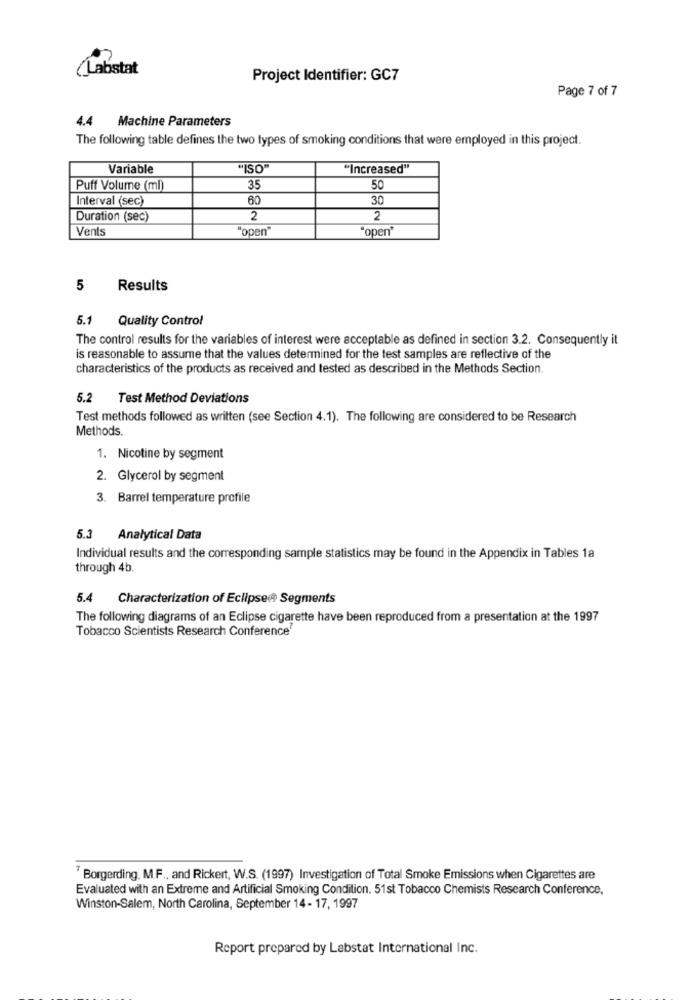
(Labstat
Project Identifier: GC7
Page 7 of 7
4.4 Machine Parameters
The following table defines the two types of smoking conditions that were employed in this project.
Variable
"ISO"
"Increased"
Puff Volume (ml)
35
50
Interval (sec)
60
30
Duration (sec)
2
2
Vents
"open"
"open"
5
Results
5.1
Quality Control
The control results for the variables of interest were acceptable as defined in section 3.2. Consequently it
is reasonable to assume that the values determined for the test samples are reflective of the
characteristics of the products as received and tested as described in the Methods Section.
5.2
Test Method Deviations
Test methods followed as written (see Section 4.1). The following are considered to be Research
Methods.
1. Nicotine by segment
2. Glycerol by segment
3. Barrel temperature profile
5.3
Analytical Data
Individual results and the corresponding sample statistics may be found in the Appendix in Tables 1a
through 4b.
5.4 Characterization of Eclipse@ Segments
The following diagrams of an Eclipse cigarette have been reproduced from a presentation at the 1997
Tobacco Scientists Research Conference'
" Borgerding. M.F ., and Rickert, W.S. (1997) Investigation of Total Smoke Emissions when Cigarettes are
Evaluated with an Extreme and Artificial Smoking Condition. 51st Tobacco Chemists Research Conference,
Winston-Salem, North Carolina, September 14- 17, 1997
Report prepared by Labstat International Inc.